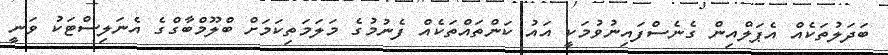
ބަދަލުތަކެއް އެޕަލްއިން ގެނެސްފައިނުވުމަކީ އައު ކަންތައްތަކެއް ފެނުމުގެ މަލަމަތިކަމަށް ބްލޫމްބާގްގެ އެނަލިސްޓަކު ވަނީ